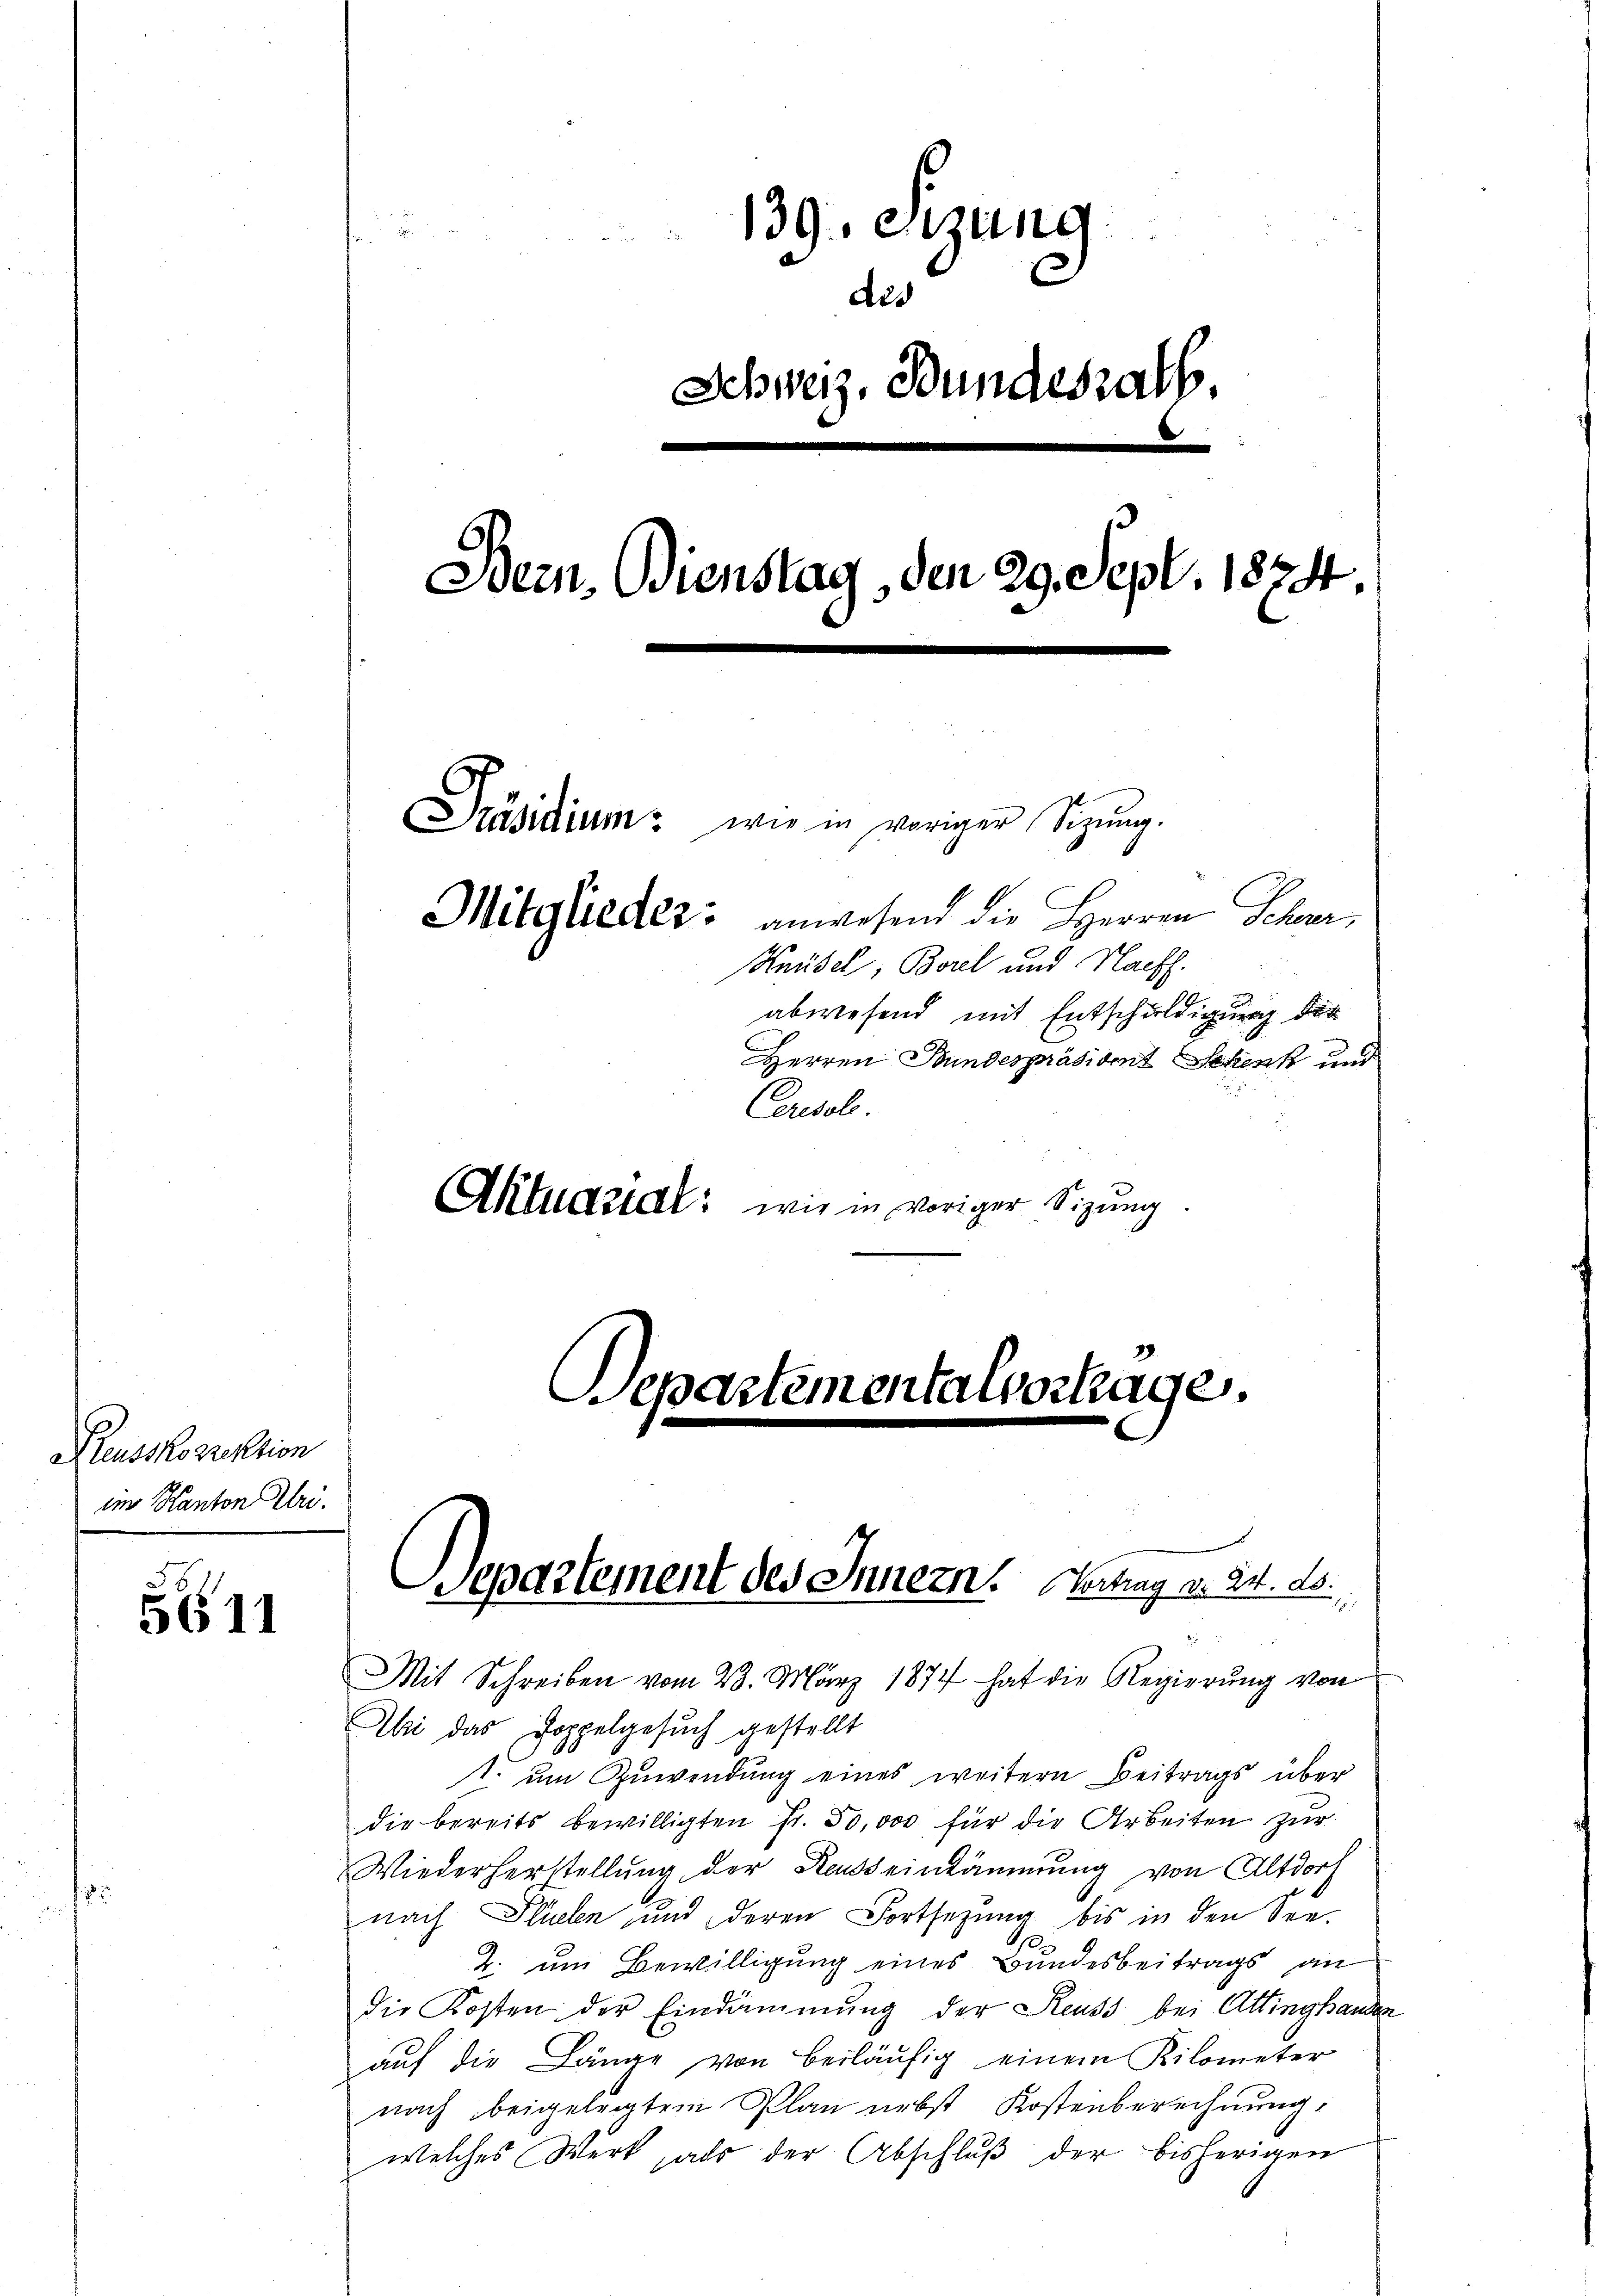
Preusskorrektion
im Kanton Uri.

51

139. Sitzung
e
Schweiz. Bundesrath
.
Bern. Dienstag, den 29. Sept. 1874.
Präsidium: wie in voriger Sitzŭng.
Mitglieder anwesend die Herren Schwer¬
Knüsel, Borel und Nacht.
abwesend mit Entschuldigung der

Herren Bundespräsident Schenk und
Cersol
Aktuariat: wie in voriger Sitzung

des

Departementalvertage.

Mit Schreiben vom 23. März 1874 hat die Regierung von
Abei das Doppelgesuch gestellt
t. um Zuwendung eines weitern Beitrags über
die bereits bewilligten fr. 50,000 für die Arbeiten zur
Wiederherstellung der Hauseinkämmung von Altdorf
nach Flüelen und deren Fortsetzung bis in den See¬
1
2. um Bewilligung eines Bundesbeitrags an
die Kosten der Eindämmung der Reuss bei Attinghanden
aŭf die Länge von beiläufig einem Kilometer
nach beigelegtem Plan nebst Kostenberechnung,
welches Werk, als der Abschlŭβ der bisherigen

Departement des Innern. Gertrag d. 24. d.